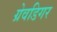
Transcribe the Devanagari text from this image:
ग्रेवडिगर